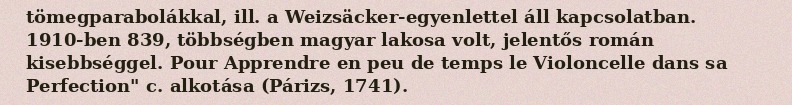
tömegparabolákkal, ill. a Weizsäcker-egyenlettel áll kapcsolatban. 1910-ben 839, többségben magyar lakosa volt, jelentős román kisebbséggel. Pour Apprendre en peu de temps le Violoncelle dans sa Perfection" c. alkotása (Párizs, 1741).